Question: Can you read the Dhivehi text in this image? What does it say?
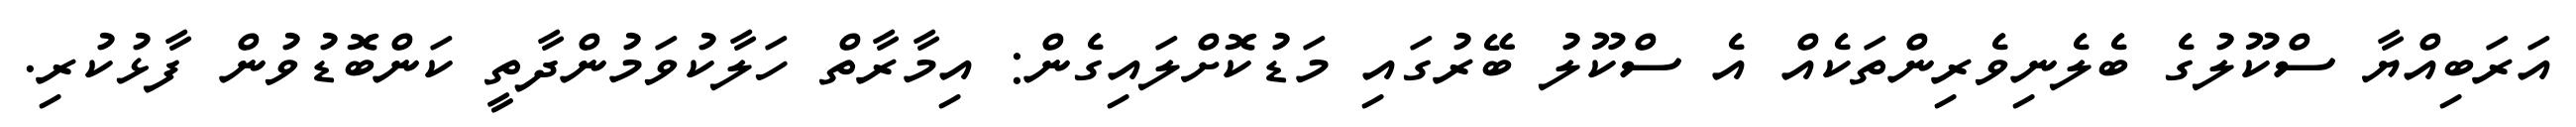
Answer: އަރަބިއްޔާ ސްކޫލުގެ ބެލެނިވެރިންތަކެއް އެ ސްކޫލު ބޭރުގައި މަޑުކޮށްލައިގެން: އިމާރާތް ހަލާކުވަމުންދާތީ ކަންބޮޑުވުން ފާޅުކުރި.